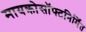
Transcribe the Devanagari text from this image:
मायक्रोसॉफ्टनिर्मित